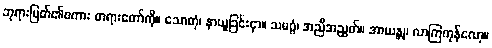
ဘုရားမြတ်၏စကား တရားတော်ကို။ သောတုံ၊ နာယူခြင်းငှာ။ သမဂ္ဂံ၊ အညီအညွတ်။ အာယန္တု၊ လာကြကုန်လော့။